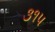
૩૧૫